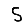
Digit: 5